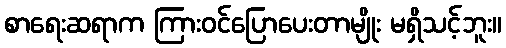
စာရေးဆရာက ကြားဝင်ပြောပေးတာမျိုး မရှိသင့်ဘူး။